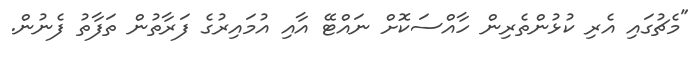
"މެޗުގައި އެރި ކުޅުންތެރިން ހާއްސަކޮށް ނައްޓޭ އާއި އުމައިރުގެ ފަރާތުން ތަފާތު ފެނުން.